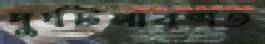
দুর্ঘটনাবশত